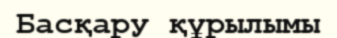
Басқару құрылымы